Lunatic asylums in Bengal annual reports 1888-1898 - 1888-1898
Year: 1888
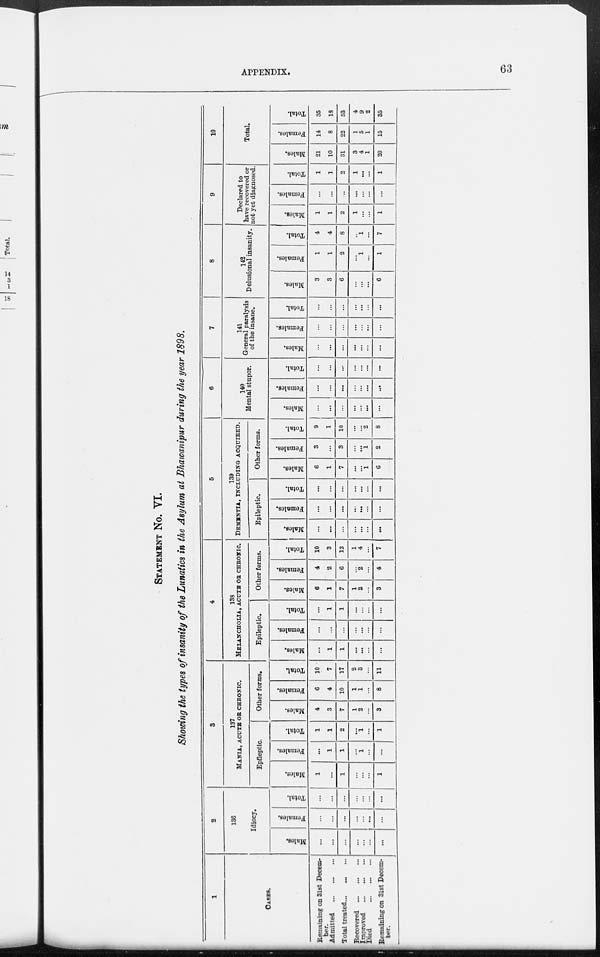
APPENDIX.
63
STATEMENT No. VI.
Showing the types of insanity of the Lunatics in the Asylum at Bhawanipur during the year 1898.
1
CASES.
Remaining on 31st Decem-
ber
Admitted
...
...
...
Total treated ... ... ...
Recovered
...
...
...
Improved
...
...
...
Died
...
...
...
Remaining on 31st Decem-
ber.
2
136
Idiocy.
Males.
...
...
...
...
...
...
...
Females.
...
...
...
...
...
...
...
Total.
...
...
...
...
...
...
...
3
137
MANIA, ACUTE OR CHRONIC.
Epileptic.
Males.
1
...
1
...
...
...
1
Females.
...
1
1
...
1
...
...
Total.
1
1
2
...
1
...
1
Other forms.
Males.
4
3
7
1
2
...
3
Females.
6
4
10
1
1
...
8
Total.
10
7
17
2
3
...
11
4
138
MELANCHOLIA, ACUTE OR CHRONIC.
Epileptic.
Males.
...
1
1
...
...
...
...
Females.
...
...
...
...
...
...
...
Total.
...
1
1
...
...
...
...
Other forms.
Males.
6
1
7
1
2
...
3
Females.
4
2
6
...
2
...
4
Total.
10
3
13
1
4
...
7
5
139
DEMENTIA, INCLUDING ACQUIRED.
Epileptic.
Males.
...
...
...
...
...
...
...
Females.
...
...
...
...
...
...
...
Total.
...
...
...
...
...
...
...
Other forms.
Males.
6
1
7
...
...
1
6
Females.
3
...
3
...
...
1
2
Total.
9
1
10
...
...
2
8
6
140
Mental stupor.
Males.
...
...
...
...
...
...
...
Females.
...
...
...
...
...
...
...
Total.
...
...
...
...
...
...
...
7
141
General paralysis
of the insane.
Males.
...
...
...
...
...
...
...
Females.
...
...
...
...
...
...
...
Total.
...
...
...
...
...
...
...
8
142
Delusional insanity.
Males.
3
3
6
...
...
...
6
Females.
1
1
2
...
1
...
1
Total.
4
4
8
...
1
...
7
9
Declared to
have recovered or
not yet diagnosed.
Males.
1
1
2
1
...
...
1
Females.
...
...
...
...
...
...
...
Total.
1
1
2
1
...
...
1
10
Total.
Males.
21
10
31
3
4
1
20
Females.
14
8
22
1
5
1
15
Total.
35
18
53
4
9
2
35